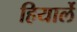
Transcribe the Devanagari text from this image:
हियार्ले